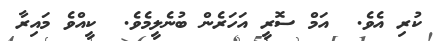
ކުރި އެވެ.  އަމް ސޮރީ އަހަރެން ބުނެލީމެވެ.  ކީއްވެ މައިރާ